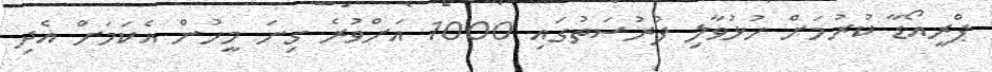
ޕްރީއޯޑާ ކުރުމަށް ހުޅުވާލި ފުރުސަތުގައި 1000 އަށްވުރެ ގިނަ މީހުން އެކަމަށް އެދި